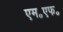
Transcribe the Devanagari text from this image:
एम॰एफ॰